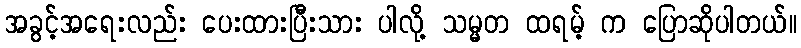
အခွင့်အရေးလည်း ပေးထားပြီးသား ပါလို့ သမ္မတ ထရမ့် က ပြောဆိုပါတယ်။